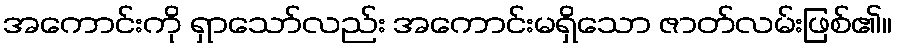
အကောင်းကို ရှာသော်လည်း အကောင်းမရှိသော ဇာတ်လမ်းဖြစ်၏။